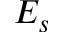
E _ { s }